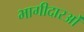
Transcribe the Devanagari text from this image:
भागीदारओं